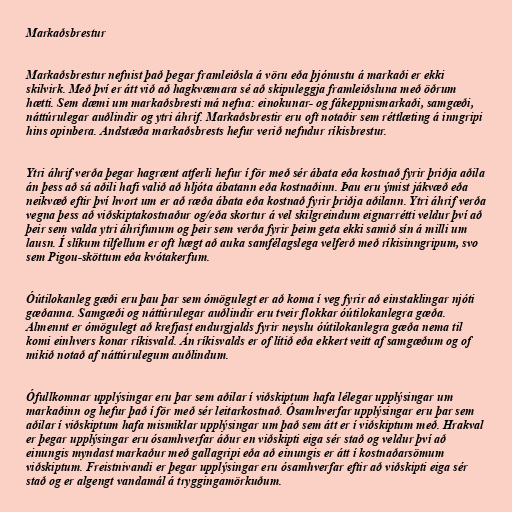
Markaðsbrestur

Markaðsbrestur nefnist það þegar framleiðsla á vöru eða þjónustu á markaði er ekki
skilvirk. Með því er átt við að hagkvæmara sé að skipuleggja framleiðsluna með öðrum
hætti. Sem dæmi um markaðsbresti má nefna: einokunar- og fákeppnismarkaði, samgæði,
náttúrulegar auðlindir og ytri áhrif. Markaðsbrestir eru oft notaðir sem réttlæting á inngripi
hins opinbera. Andstæða markaðsbrests hefur verið nefndur ríkisbrestur.

Ytri áhrif verða þegar hagrænt atferli hefur í för með sér ábata eða kostnað fyrir þriðja aðila
án þess að sá aðili hafi valið að hljóta ábatann eða kostnaðinn. Þau eru ýmist jákvæð eða
neikvæð eftir því hvort um er að ræða ábata eða kostnað fyrir þriðja aðilann. Ytri áhrif verða
vegna þess að viðskiptakostnaður og/eða skortur á vel skilgreindum eignarrétti veldur því að
þeir sem valda ytri áhrifunum og þeir sem verða fyrir þeim geta ekki samið sín á milli um
lausn. Í slíkum tilfellum er oft hægt að auka samfélagslega velferð með ríkisinngripum, svo
sem Pigou-sköttum eða kvótakerfum.

Óútilokanleg gæði eru þau þar sem ómögulegt er að koma í veg fyrir að einstaklingar njóti
gæðanna. Samgæði og náttúrulegar auðlindir eru tveir flokkar óútilokanlegra gæða.
Almennt er ómögulegt að krefjast endurgjalds fyrir neyslu óútilokanlegra gæða nema til
komi einhvers konar ríkisvald. Án ríkisvalds er of lítið eða ekkert veitt af samgæðum og of
mikið notað af náttúrulegum auðlindum.

Ófullkomnar upplýsingar eru þar sem aðilar í viðskiptum hafa lélegar upplýsingar um
markaðinn og hefur það í för með sér leitarkostnað. Ósamhverfar upplýsingar eru þar sem
aðilar í viðskiptum hafa mismiklar upplýsingar um það sem átt er í viðskiptum með. Hrakval
er þegar upplýsingar eru ósamhverfar áður en viðskipti eiga sér stað og veldur því að
einungis myndast markaður með gallagripi eða að einungis er átt í kostnaðarsömum
viðskiptum. Freistnivandi er þegar upplýsingar eru ósamhverfar eftir að viðskipti eiga sér
stað og er algengt vandamál á tryggingamörkuðum.